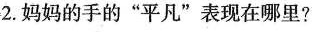
2.妈妈的手的”平凡”表现在哪里?